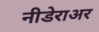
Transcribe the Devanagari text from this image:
नीडेराअर